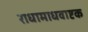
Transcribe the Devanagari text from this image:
राधामाधवाष्टक